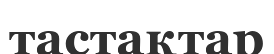
тастақтар